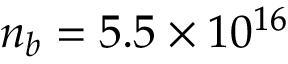
n _ { b } = 5 . 5 \times 1 0 ^ { 1 6 }